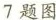
7题图